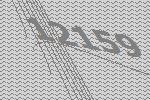
12159